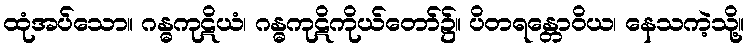
ထုံအပ်သော။ ဂန္ဓကုဋိယံ၊ ဂန္ဓကုဋိကိုယ်တော်၌။ ပိတရန္တောဝိယ၊ နေသကဲ့သို့။